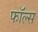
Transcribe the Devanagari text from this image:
फाॅल्स